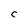
Character: c